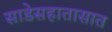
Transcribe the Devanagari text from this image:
साडेसहातासात